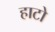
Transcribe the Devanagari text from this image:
हाटो